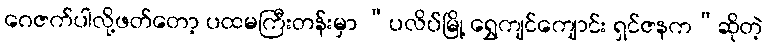
ဂေဇက်ပါလို့ဖတ်တော့ ပထမကြီးတန်းမှာ “ပလိပ်မြို့ ရွှေကျင်ကျောင်း ရှင်ဇနက”ဆိုတဲ့